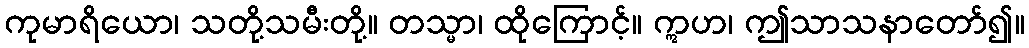
ကုမာရိယော၊ သတို့သမီးတို့။ တသ္မာ၊ ထိုကြောင့်။ ဣဟ၊ ဤသာသနာတော်၍။